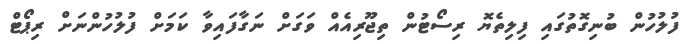
ފުލުހުން ބުނިގޮތުގައި ފިލިތެޔޮ ރިސޯޓުން ތިޖޫރިއެއް ވަގަށް ނަގާފައިވާ ކަމަށް ފުލުހުންނަށް ރިޕޯޓް